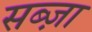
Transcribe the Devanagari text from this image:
सब्ज़ा